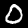
Label: 0